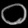
Digit: ၀